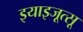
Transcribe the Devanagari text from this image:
इयाइजूत्सू